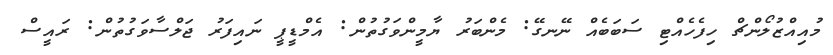
މުއިއްޒުލޯންޗް ހިފެހެއްޓި ސަބަބެއް ނޭނގޭ: މެންބަރު ޔާމީންވަގުތުން: އެމްޑީޕީ ނައިފަރު ޖަލްސާވަގުތުން: ރައީސް